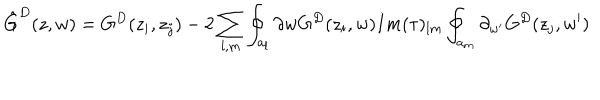
\hat { G } ^ { D } ( z , w ) = G ^ { D } ( z _ { i } , z _ { j } ) - 2 \sum _ { l , m } \oint _ { a _ { l } } \partial { w } G ^ { D } ( z _ { i } , w ) I m ( \tau ) _ { l m } \oint _ { a _ { m } } \partial _ { w ^ { \prime } } G ^ { D } ( z _ { j } , w ^ { \prime } )